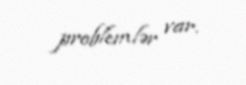
problemlər var.